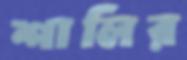
শালির